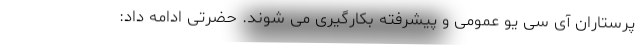
پرستاران آی سی یو عمومی و پیشرفته بکارگیری می شوند. حضرتی ادامه داد: